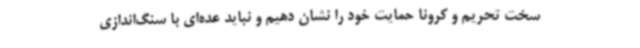
سخت تحریم و کرونا حمایت خود را نشان دهیم و نباید عده‌ای با سنگ‌اندازی